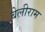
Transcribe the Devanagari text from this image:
बेलीराम